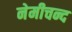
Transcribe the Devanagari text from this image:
नेमीचन्द